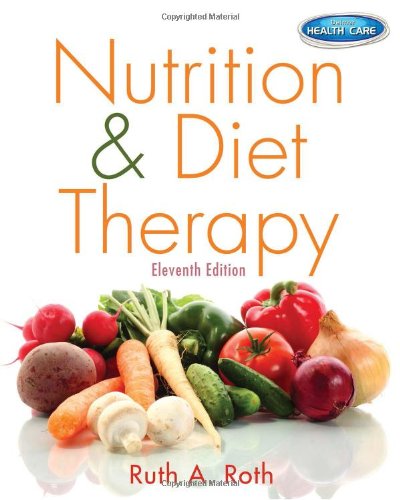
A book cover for Nutrition & Diet Therapy; Ruth A. Roth; Medical Books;